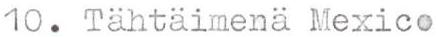
10. Tähtäimenä Mexico